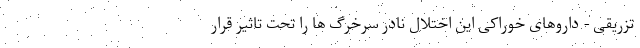
تزریقی - داروهای خوراکی این اختلال نادر سرخرگ ها را تحت تاثیر قرار